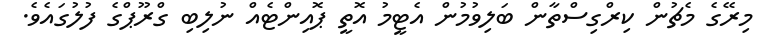
މިރޭގެ މެޗުން ކިރްގިސްތާން ބަލިވުމުން އެޓީމު އޮތީ ޕޮއިންޓެއް ނުލިބި ގްރޫޕްގެ ފުލުގައެވެ.